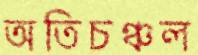
অতিচঞ্চল